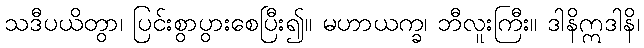
သဒီပယိတွာ၊ ပြင်းစွာပွားစေပြီး၍။ မဟာယက္ခ၊ ဘီလူးကြီး။ ဒါနိဣဒါနိ၊